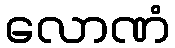
လောဏံ